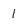
Character: 1